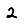
Digit: 2